Indian journal of veterinary science and animal husbandry - Volume 7,
Year: 1937
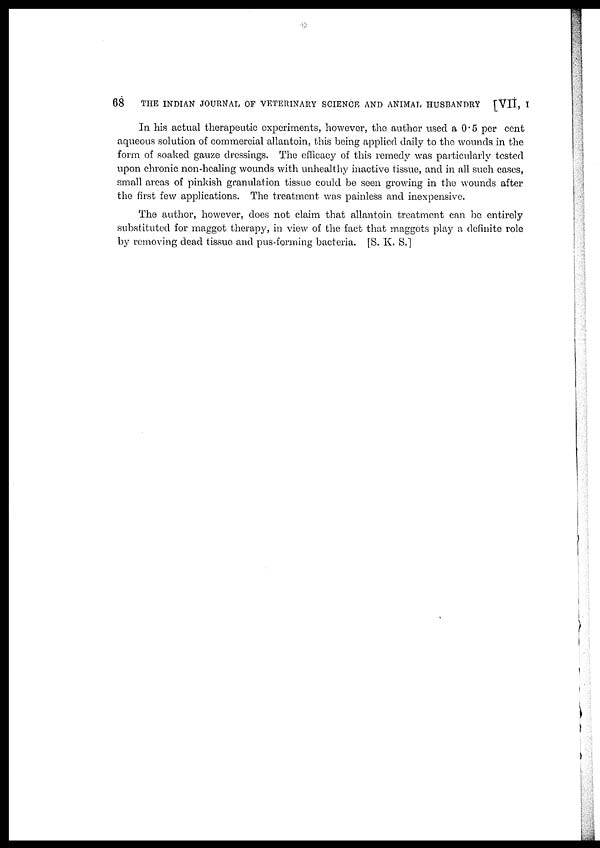
68
THE INDIAN JOURNAL OF VETERINARY SCIENCE AND ANIMAL HUSBANDRY
[VII, I
In his actual therapeutic experiments, however, the author used a 0.5 per cent
aqueous solution of commercial allantoin, this being applied daily to the wounds in the
form of soaked gauze dressings. The efficacy of this remedy was particularly tested
upon chronic non-healing wounds with unhealthy inactive tissue, and in all such cases,
small areas of pinkish granulation tissue could be seen growing in the wounds after
the first few applications. The treatment was painless and inexpensive.
The author, however, does not claim that allantoin treatment can be entirely
substituted for maggot therapy, in view of the fact that maggots play a definite role
by removing dead tissue and pus-forming bacteria. [S. K. S.]